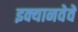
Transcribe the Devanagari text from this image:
इक्यानवेवें